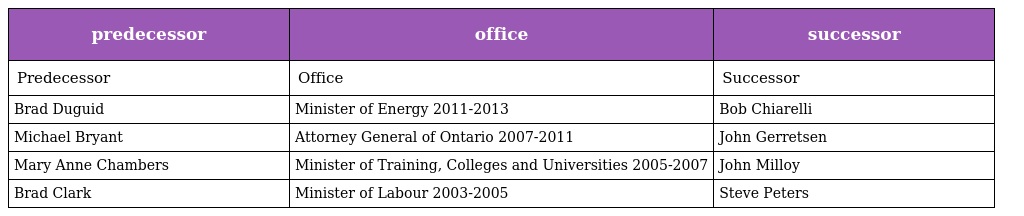
| predecessor | office | successor |
 | --- | --- | --- |
 | Predecessor | Office | Successor |
 | Brad Duguid | Minister of Energy 2011-2013 | Bob Chiarelli |
 | Michael Bryant | Attorney General of Ontario 2007-2011 | John Gerretsen |
 | Mary Anne Chambers | Minister of Training, Colleges and Universities 2005-2007 | John Milloy |
 | Brad Clark | Minister of Labour 2003-2005 | Steve Peters |